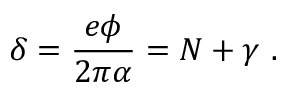
\delta = \frac { e \phi } { 2 \pi \alpha } = N + \gamma \ .